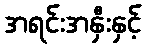
အရင်းအနှီးနှင့်